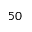
5 0